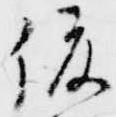
俊